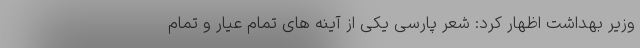
وزیر بهداشت اظهار کرد: شعر پارسی یکی از آینه های تمام عیار و تمام